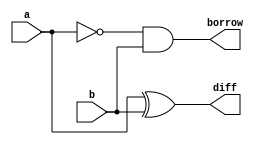
// Verilog half subtractor program using gate model

module half_sub(a, b, diff, borrow);
    input a, b;
    output diff, borrow;
    wire inverse_a;
    xor x1(diff, a, b);
    not n1(inverse_a,a);
    and a1(borrow, inverse_a, b);
endmodule